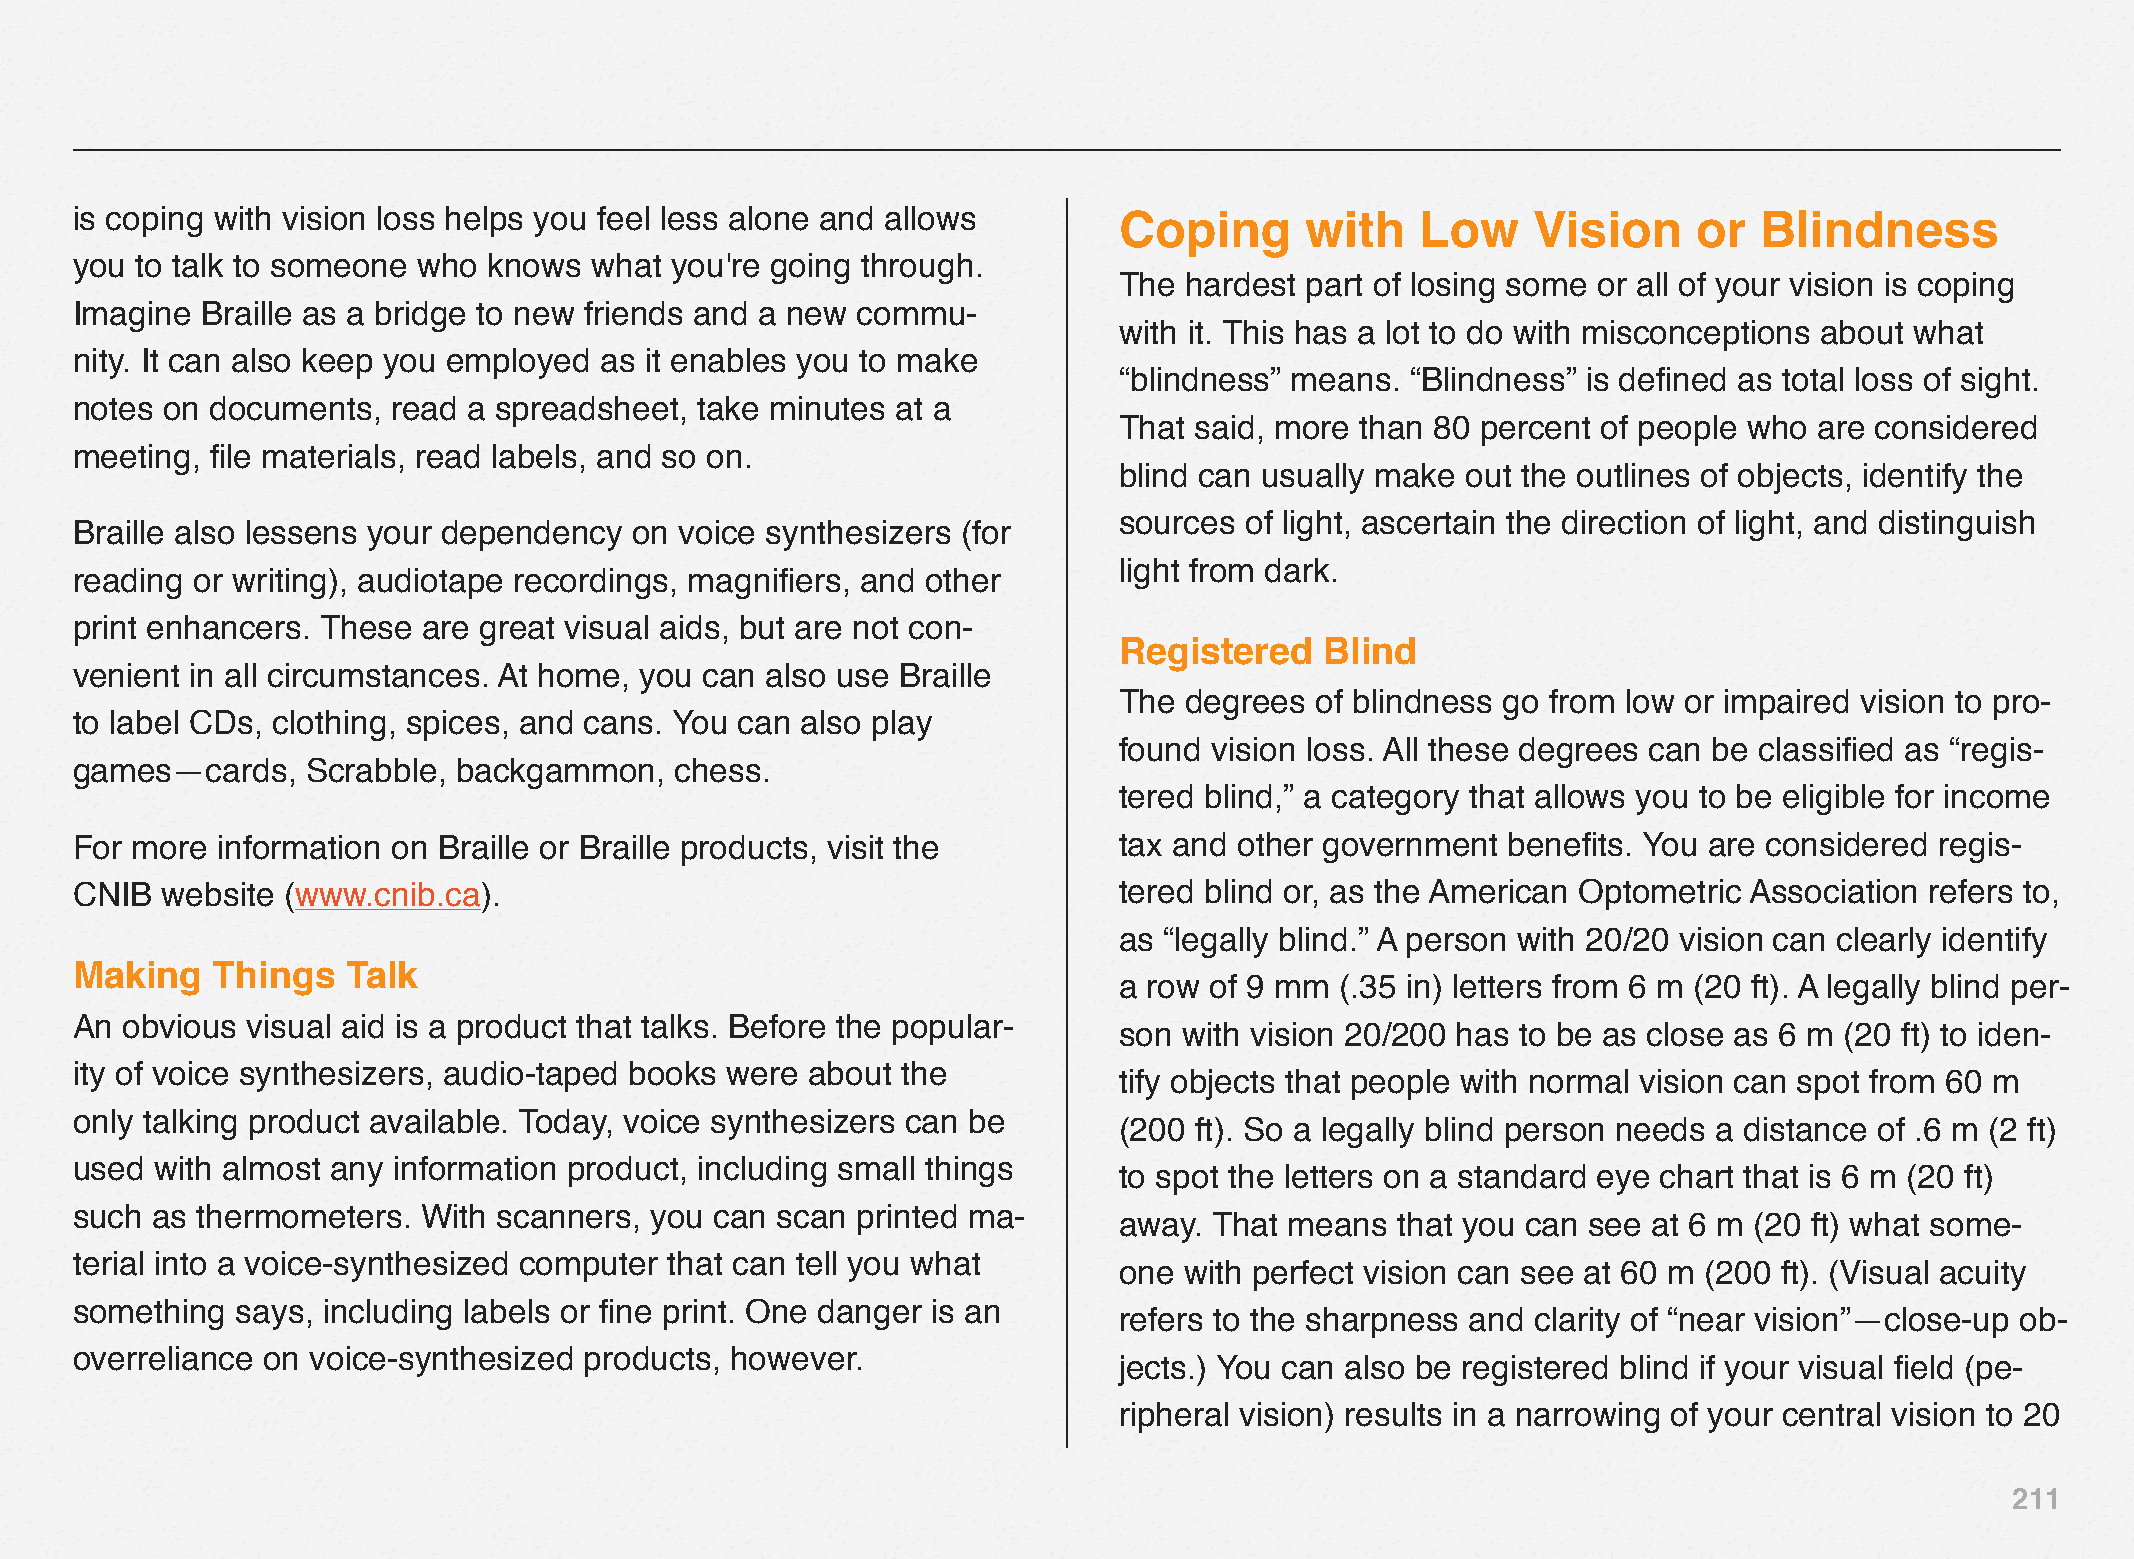
is coping with vision loss helps you feel less alone and allows      Coping      with    Low    Vision     or  Blindness
 you to talk to someone who knows  what you're going through.
 The hardest part of losing some or all of your vision is coping
 Imagine Braille as a bridge to new friends and a new commu-
 with it. This has a lot to do with misconceptions about what
 nity. It can also keep you employed as it enables you to make
 “blindness” means. “Blindness” is defined as total loss of sight.
 notes on documents,  read a spreadsheet, take minutes at a
 That said, more than 80 percent of people who are considered
 meeting, file materials, read labels, and so on.
 blind can usually make out the outlines of objects, identify the
 sources of light, ascertain the direction of light, and distinguish
 Braille also lessens your dependency on voice synthesizers (for
 light from dark.
 reading or writing), audiotape recordings, magnifiers, and other
 print enhancers. These are great visual aids, but are not con-
 Registered    Blind
 venient in all circumstances. At home, you can also use Braille
 The degrees  of blindness go from low or impaired vision to pro-
 to label CDs, clothing, spices, and cans. You can also play
 found vision loss. All these degrees can be classified as “regis-
 games—cards,   Scrabble, backgammon,    chess.
 tered blind,” a category that allows you to be eligible for income
 For more information on Braille or Braille products, visit the       tax and other government  benefits. You are considered regis-
 CNIB  website (www.cnib.ca).                                         tered blind or, as the American Optometric Association refers to,
 as “legally blind.” A person with 20/20 vision can clearly identify
 Making   Things   Talk
 a row of 9 mm  (.35 in) letters from 6 m (20 ft). A legally blind per-
 An obvious visual aid is a product that talks. Before the popular-
 son with vision 20/200 has to be as close as 6 m (20 ft) to iden-
 ity of voice synthesizers, audio-taped books were about the
 tify objects that people with normal vision can spot from 60 m
 only talking product available. Today, voice synthesizers can be
 (200 ft). So a legally blind person needs a distance of .6 m (2 ft)
 used with almost any information product, including small things
 to spot the letters on a standard eye chart that is 6 m (20 ft)
 such as thermometers.  With scanners, you can scan  printed ma-
 away. That means   that you can see at 6 m (20 ft) what some-
 terial into a voice-synthesized computer that can tell you what
 one with perfect vision can see at 60 m (200 ft). (Visual acuity
 something  says, including labels or fine print. One danger is an
 refers to the sharpness and clarity of “near vision”—close-up ob-
 overreliance on voice-synthesized products, however.
 jects.) You can also be registered blind if your visual field (pe-
 ripheral vision) results in a narrowing of your central vision to 20
 211